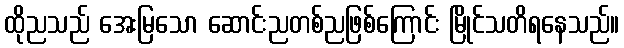
ထိုညသည် အေးမြသော ဆောင်းညတစ်ညဖြစ်ကြောင်း မြိုင်သတိရနေသည်။